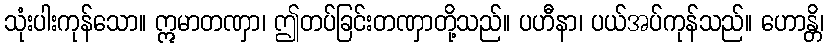
သုံးပါးကုန်သော။ ဣမာတဏှာ၊ ဤတပ်ခြင်းတဏှာတို့သည်။ ပဟီနာ၊ ပယ်အပ်ကုန်သည်။ ဟောန္တိ၊